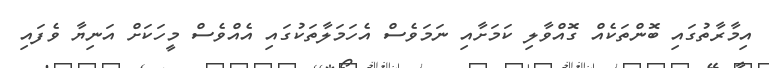
އިމާރާތުގައި ބޮންތަކެއް ގޮއްވާލި ކަމަށާއި ނަމަވެސް އެހަމަލާތަކުގައި އެއްވެސް މީހަކަށް އަނިޔާ ވެފައި